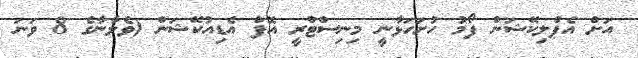
އަށް އެޕްލިކޭޝަން ފޯމު ހުށަހަޅާނީ މިނިސްޓްރީ އޮފް އެޑިއުކޭޝަން (ވެލާނާގެ 8 ވަނަ